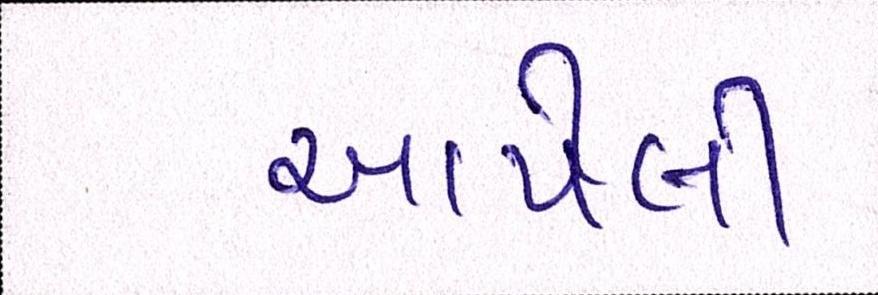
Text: આપેલી